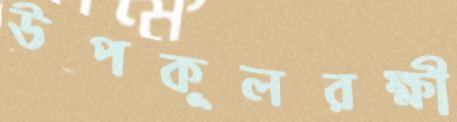
উপকূলরক্ষী